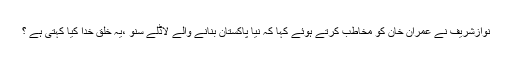
نوازشریف نے عمران خان کو مخاطب کرتے ہوئے کہا کہ نیا پاکستان بنانے والے لاڈلے سنو ،یہ خلق خدا کیا کہتی ہے ؟